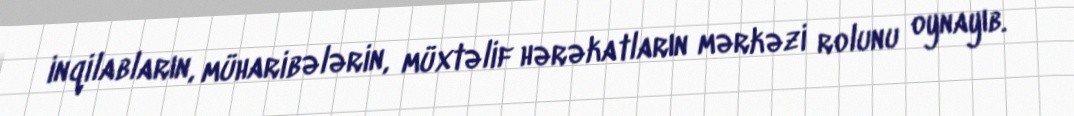
inqilabların, müharibələrin, müxtəlif hərəkatların mərkəzi rolunu oynayıb.